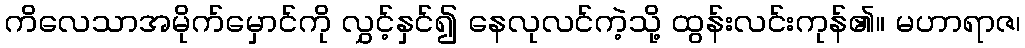
ကိလေသာအမိုက်မှောင်ကို လွှင့်နှင်၍ နေလုလင်ကဲ့သို့ ထွန်းလင်းကုန်၏။ မဟာရာဇ၊